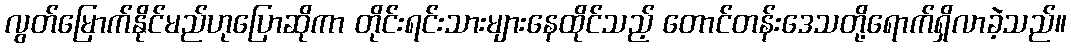
လွတ်မြောက်နိုင်မည်ဟုပြောဆိုကာ တိုင်းရင်းသားများနေထိုင်သည့် တောင်တန်းဒေသတို့ရောက်ရှိလာခဲ့သည်။